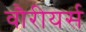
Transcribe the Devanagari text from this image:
वौरीयर्स